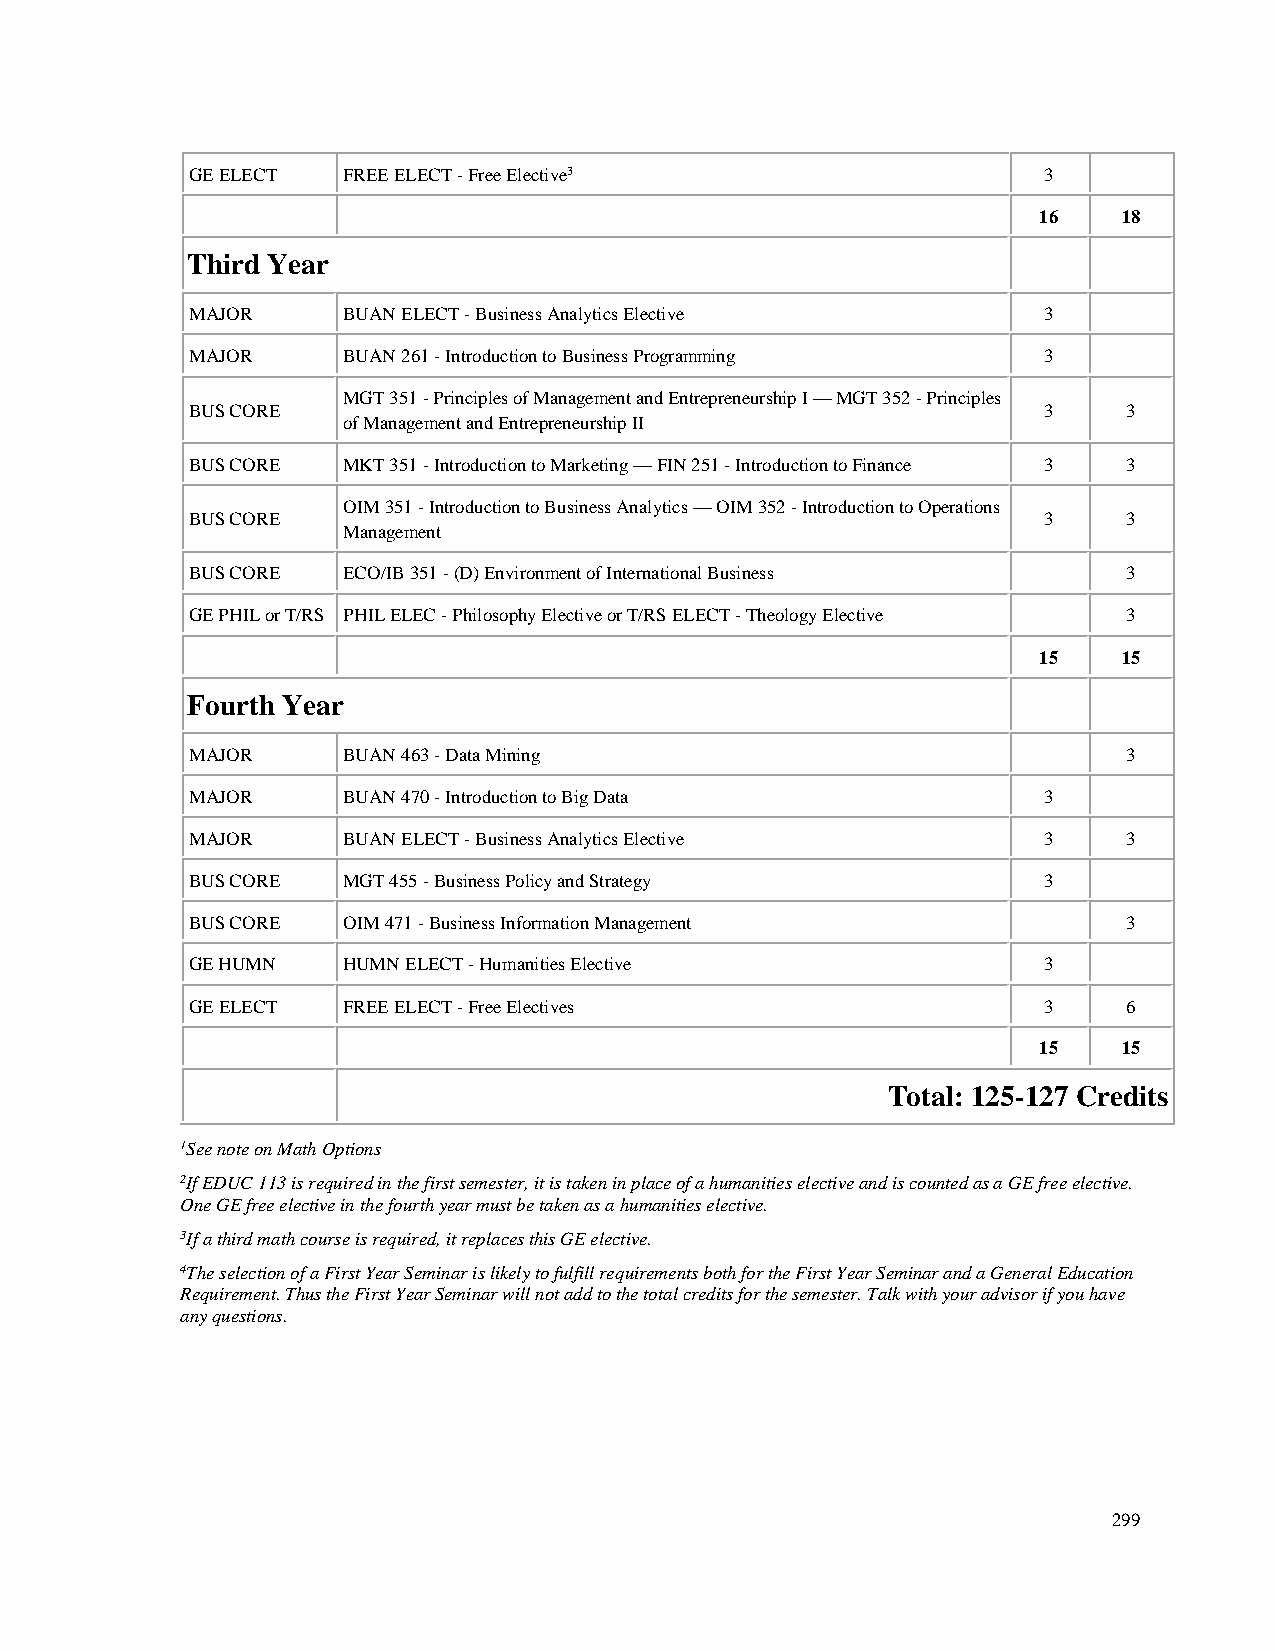
GE ELECT  FREE ELECT - Free Elective3                   3
 16   18
 Third Year
 MAJOR     BUAN ELECT - Business Analytics Elective      3
 MAJOR     BUAN 261 - Introduction to Business Programming 3
 MGT 351 - Principles of Management and Entrepreneurship I — MGT 352 - Principles
 BUS CORE                                                3     3
 of Management and Entrepreneurship II
 BUS CORE  MKT 351 - Introduction to Marketing — FIN 251 - Introduction to Finance 3 3
 OIM 351 - Introduction to Business Analytics — OIM 352 - Introduction to Operations
 BUS CORE                                                3     3
 Management
 BUS CORE  ECO/IB 351 - (D) Environment of International Business 3
 GE PHIL or T/RS PHIL ELEC - Philosophy Elective or T/RS ELECT - Theology Elective 3
 15   15
 Fourth Year
 MAJOR     BUAN 463 - Data Mining                              3
 MAJOR     BUAN 470 - Introduction to Big Data           3
 MAJOR     BUAN ELECT - Business Analytics Elective      3     3
 BUS CORE  MGT 455 - Business Policy and Strategy        3
 BUS CORE  OIM 471 - Business Information Management           3
 GE HUMN   HUMN ELECT - Humanities Elective              3
 GE ELECT  FREE ELECT - Free Electives                   3     6
 15   15
 Total: 125-127 Credits
 1See note on Math Options
 2If EDUC 113 is required in the first semester, it is taken in place of a humanities elective and is counted as a GE free elective.
 One GE free elective in the fourth year must be taken as a humanities elective.
 3If a third math course is required, it replaces this GE elective.
 4The selection of a First Year Seminar is likely to fulfill requirements both for the First Year Seminar and a General Education
 Requirement. Thus the First Year Seminar will not add to the total credits for the semester. Talk with your advisor if you have
 any questions.
 299